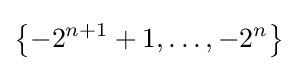
\left\{-2^{n+1}+1,\ldots ,-2^{n}\right\}